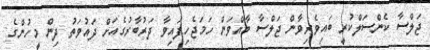
ޖަލްސާ ކެންސަލްކުރީ ބައިވެރިވާން ޖަލްސާ ބާއްވަން ހަމަޖެހިފައިވާ ދަރުބާރުގެއަށް ދައުވަތު ދިން މީހުންގެ